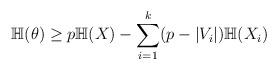
LaTeX: \begin{align*}\mathbb{H}(\theta)\geq p\mathbb{H}(X)-\sum_{i=1}^k (p-|V_i|)\mathbb{H}(X_i)\end{align*}